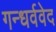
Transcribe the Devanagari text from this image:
गन्धर्ववेद